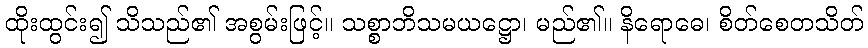
ထိုးထွင်း၍ သိသည်၏ အစွမ်းဖြင့်။ သစ္စာဘိသမယဋ္ဌော၊ မည်၏။ နိရောဓေ၊ စိတ်စေတသိတ်